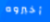
أخبروه